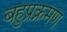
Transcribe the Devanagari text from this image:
बहुप्रक्रमण